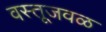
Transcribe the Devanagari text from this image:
वस्तूजवळ